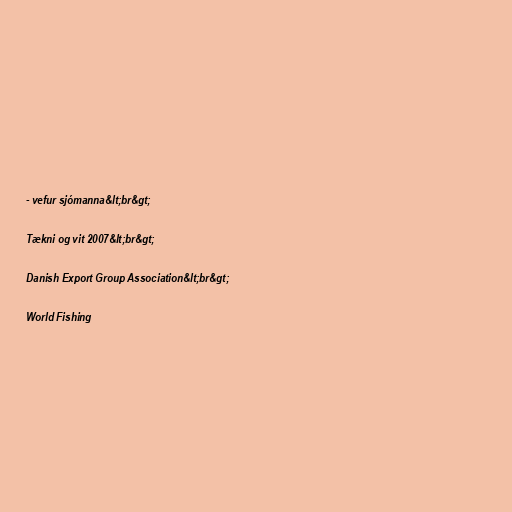
- vefur sjómanna&lt;br&gt;

Tækni og vit 2007&lt;br&gt;

Danish Export Group Association&lt;br&gt;

World Fishing